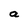
Character: a